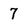
Character: 7